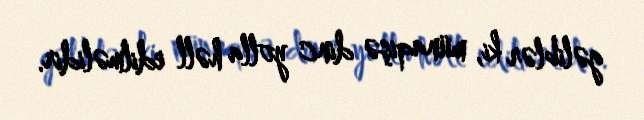
gəliblər ki, münaqişə dinc yolla həll edilməlidir.